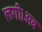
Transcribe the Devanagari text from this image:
लगी।अब